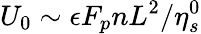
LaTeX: U_{0}\sim\epsilon F_{p}nL^{2}/\eta_{s}^{0}